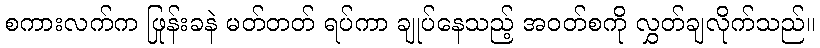
စကားလက်က ဖြုန်းခနဲ မတ်တတ် ရပ်ကာ ချုပ်နေသည့် အဝတ်စကို လွှတ်ချလိုက်သည်။